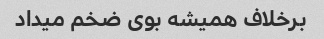
برخلاف همیشه بوی ضخم میداد